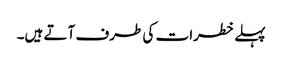
پہلے خطرات کی طرف آتے ہیں۔